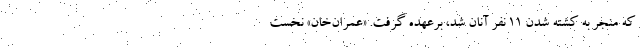
که منجر به کشته شدن ۱۱ نفر آنان شد، برعهده گرفت. «عمران‌خان» نخست